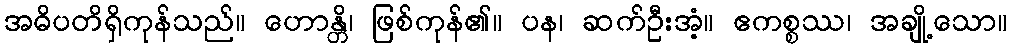
အဓိပတိရှိကုန်သည်။ ဟောန္တိ၊ ဖြစ်ကုန်၏။ ပန၊ ဆက်ဦးအံ့။ ဧကစ္စဿ၊ အချို့သော။